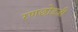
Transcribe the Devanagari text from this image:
रणछोडजी